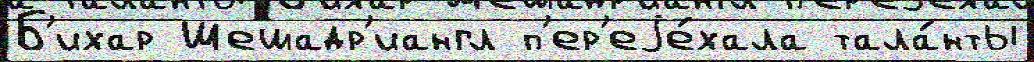
Б'ихар Шешадр'иангл п'ер'еjе́хала тала́нты